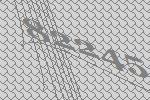
82245